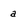
Character: a